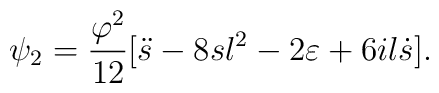
\psi_2= \frac{\varphi^2}{12} [\ddot{s}-8sl^2-2 \varepsilon +6il \dot{s}].